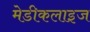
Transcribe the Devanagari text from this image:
मेडीकलाइज